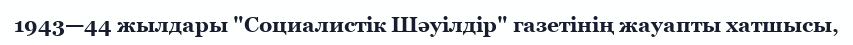
1943—44 жылдары "Социалистік Шәуілдір" газетінің жауапты хатшысы,